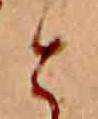
と